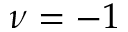
\nu = - 1